Document type: Grant
Year: 1445
Scribe: Antoni Gomar
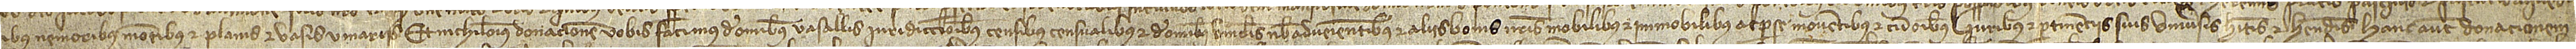
tibus, nemoribus, montibus et planis et vasis vinariis. Et nichilominus donacionem vobis facimus de omnibus vasallis, iurisdiccionibus, censibus, censualibus et de omnibus vinculis nobis advenientibus et aliis bonis nostris, mobilibus et immobilibus ac per se moventibus, et cum omnibus iuribus et pertinenciis suis universis, habitis et habendis. Hanc autem donacionem